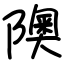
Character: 隩